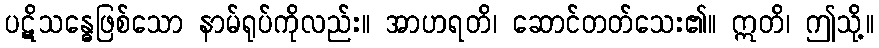
ပဋိသန္ဓေဖြစ်သော နာမ်ရုပ်ကိုလည်း။ အာဟရတိ၊ ဆောင်တတ်သေး၏။ ဣတိ၊ ဤသို့။